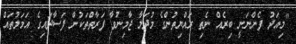
"މިއަދު ފެންނަނީ ބިރެއް ނެތި ރައްޔިތުންގެ މުދަލާ ޖާމިނުވާ ފަރާތްތަކުން ފަސާދައިގެ އަމަލުތައް